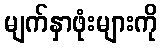
မျက်နှာဖုံးများကို